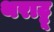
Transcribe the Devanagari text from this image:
थराट्टू